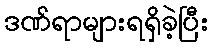
ဒဏ်ရာများရရှိခဲ့ပြီး